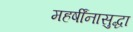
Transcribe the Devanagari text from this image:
महर्षींनासुद्धा